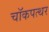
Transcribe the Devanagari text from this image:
चॉकपत्थर